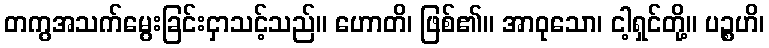
တကွအသက်မွေးခြင်းငှာသင့်သည်။ ဟောတိ၊ ဖြစ်၏။ အာဝုသော၊ ငါ့ရှင်တို့။ ပဉ္စဟိ၊